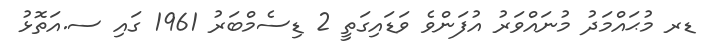
ޑރ މުޙައްމަދު މުނައްވަރު އުފަންވެ ވަޑައިގަތީ 2 ޑިސެމްބަރު 1961 ގައި ސ.އަތޮޅު